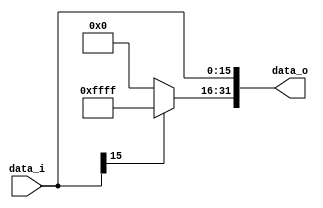
//SID:109550073
//Subject:     CO project 2 - Sign extend
//--------------------------------------------------------------------------------
//Version:     1
//--------------------------------------------------------------------------------
//Writer:      
//----------------------------------------------
//Date:        
//----------------------------------------------
//Description: 
//--------------------------------------------------------------------------------
`timescale 1ns/1ps
module Sign_Extend(
    data_i,
    data_o
    );
               
//I/O ports
input   [16-1:0] data_i;
output  [32-1:0] data_o;

//Internal Signals
reg     [32-1:0] data_o;

//Sign extended
always @(*) begin
    data_o[15:0] <= data_i[15:0]; 
    data_o[31:16] <= (data_i[15] == 1'b1)? 16'b1111111111111111:16'b0;
end
endmodule